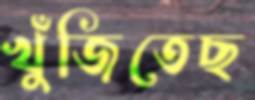
খুঁজিতেছ